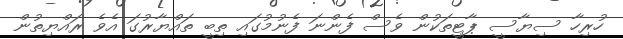
ހުރިހާ ސިޔާސީ ޕާޓީތަކުން ވެސް ފެންނަ ފެނުމުގައި ތިބީ ތައްޔާރުގަ އެވެ ރައްޔިތުން